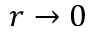
r \to 0